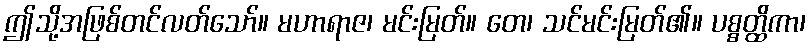
ဤသို့အဖြစ်တင်လတ်သော်။ မဟာရာဇ၊ မင်းမြတ်။ တေ၊ သင်မင်းမြတ်၏။ ပစ္စတ္ထိကာ၊